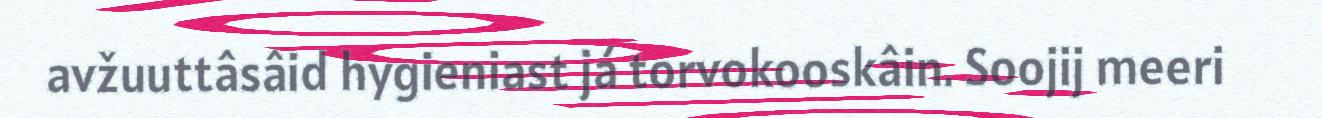
avžuuttâsâid hygieniast já torvokooskâin. Soojij meeri